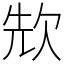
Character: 㰫